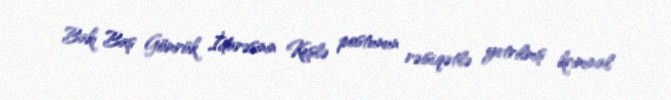
Bakı Baş Gömrük İdarəsinin Keşlə postunun rəisi,qətlə yetrilmiş kriminal